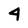
Character: 4